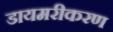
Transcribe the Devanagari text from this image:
डायमरीकरण